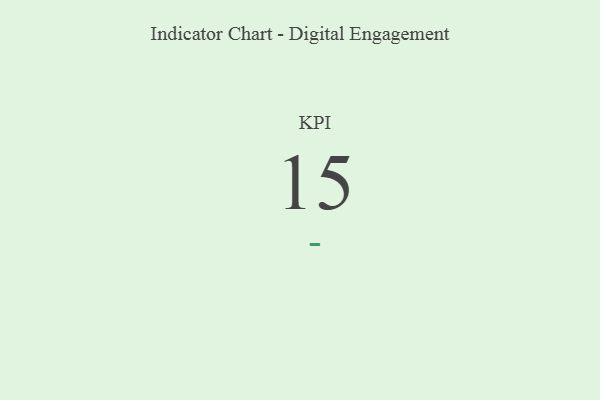
{"axis": {"x": "KPI", "y": "Value"}, "legend": [""], "data": [{"x": "KPI", "y": 15, "type": ""}]}